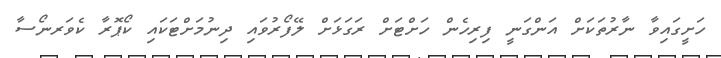
ހަށީގައިވާ ނާރުތަކަށް އަންގަނީ ފިރިހެން ހަށްޓަށް ރަގަޅަށް ލޭފޯރުވައި ދިނުމަށްޓަކައި ކޯޕޮރާ ކެވަރނޯސާ